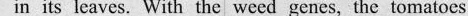
in its leaves. With the weed genes, the tomatoes